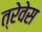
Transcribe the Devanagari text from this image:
त्रेवेस